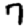
Digit: 7